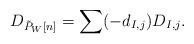
LaTeX: \begin{align*}D_{\tilde P_W[n]} = \sum (-d_{I,j})D_{I,j}.\end{align*}